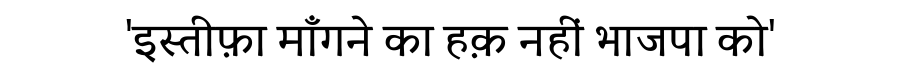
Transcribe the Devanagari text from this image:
'इस्तीफ़ा माँगने का हक़ नहीं भाजपा को'